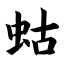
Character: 蛄